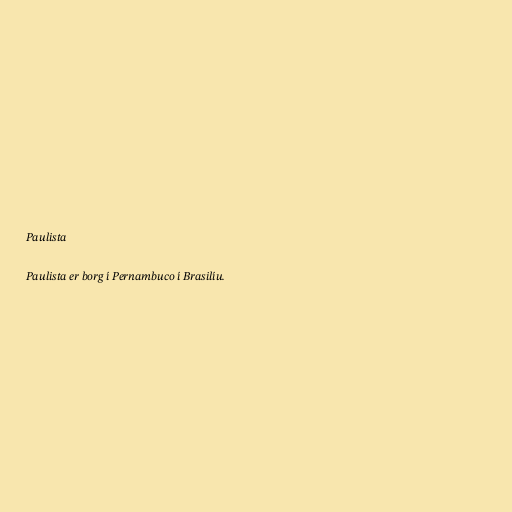
Paulista

Paulista er borg í Pernambuco í Brasilíu.